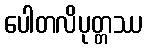
ပေါတလိပုတ္တဿ